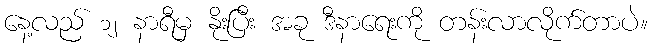
နေ့လည် ၁၂ နာရီမှ နိုးပြီး အခု ဒီနာရေးကို တန်းလာလိုက်တာပဲ။